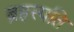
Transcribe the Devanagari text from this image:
ब्रहस्पति